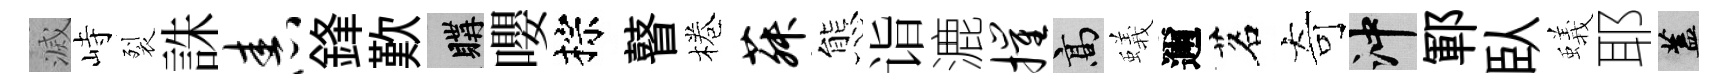
滅峙裂誅舂鋒歎購嚶棕瞽棬菽態诣漉摧高蟻邇茗奇冲鄆臥蟻耶蓋